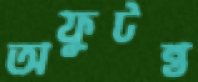
অফুটন্ত